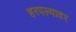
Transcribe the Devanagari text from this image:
हरपल्यावर